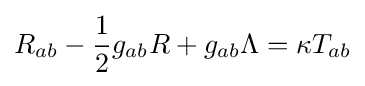
R_{ab}-{\frac {1}{2}}g_{ab}R+g_{ab}\Lambda =\kappa T_{ab}